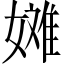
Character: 𫱞